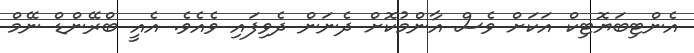
އެންޓިބަޔޮޓިކް އަކަށް ވެސް އާންމުކޮށް ދެނަން ދެވިފައި ވެއެވެ. އެއީ ބްރޭންޑް ނޭމް